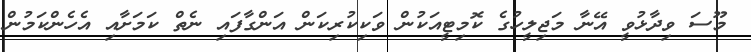
މޫސަ ވިދާޅުވީ އޭނާ މަޖިލީހުގެ ކޮމިޓީއަކުން ވަކިކުރިކަން އަންގާފައި ނެތް ކަމަށާއި އެހެންކަމުން